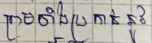
ព្រមទាំងប្រកាន់នូវ